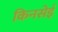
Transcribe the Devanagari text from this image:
किनसेई